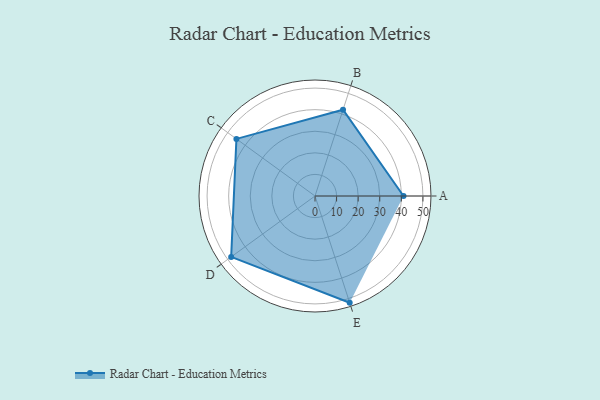
{"axis": {"x": "Skill", "y": "Score"}, "legend": ["Profile"], "data": [{"x": "A", "y": 41.0, "type": "Profile"}, {"x": "B", "y": 42.0, "type": "Profile"}, {"x": "C", "y": 45.0, "type": "Profile"}, {"x": "D", "y": 48.0, "type": "Profile"}, {"x": "E", "y": 52.0, "type": "Profile"}]}